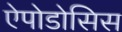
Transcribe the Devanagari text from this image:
ऐपोडोसिस